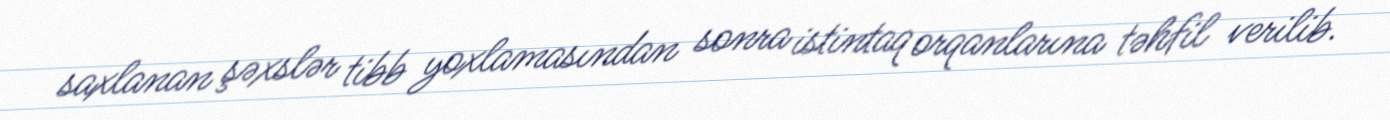
saxlanan şəxslər tibb yoxlamasından sonra istintaq orqanlarına təhfil verilib.